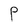
Character: P